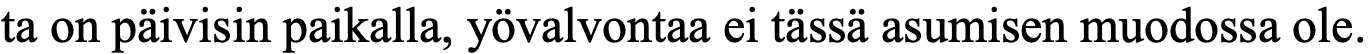
ta on päivisin paikalla, yövalvontaa ei tässä asumisen muodossa ole.